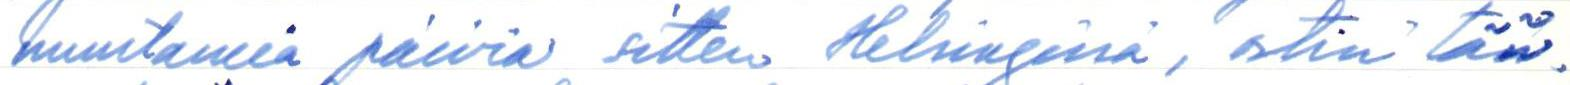
muutamia päiviä sitten Helsingissä, ostin tän-